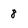
Character: 8